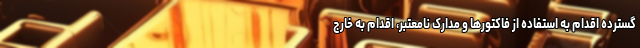
گسترده اقدام به استفاده از فاکتورها و مدارک نامعتبر، اقدام به خارج